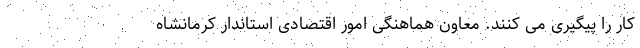
کار را پیگیری می کنند. معاون هماهنگی امور اقتصادی استاندار کرمانشاه